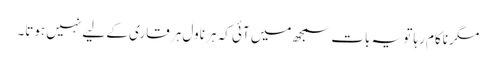
مگر ناکام رہا تو یہ بات سمجھ میں آئی کہ ہر ناول ہر قاری کے لیے نہیں ہوتا۔